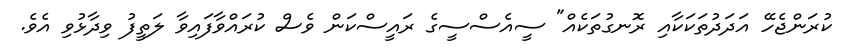
ކުރަންޖެހޭ އަދަދުތަކަކާއި ރޮނގުތަކެއް" ސީއެސްސީގެ ރައީސްކަން ވެސް ކުރައްވާފައިވާ ލަތީފު ވިދާޅުވި އެވެ.